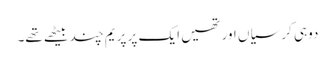
دوہی کرسیاں اور تھیں ایک پر پریم چند بیٹھے تھے۔